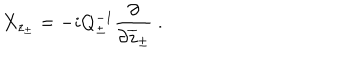
X _ { z _ { \pm } } = - i Q _ { \pm } ^ { - 1 } \displaystyle \frac { \partial } { \partial \overline { { { z } } } _ { \pm } } ~ .